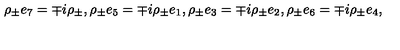
\rho _ { \pm } e _ { 7 } = \mp i \rho _ { \pm } , \rho _ { \pm } e _ { 5 } = \mp i \rho _ { \pm } e _ { 1 } , \rho _ { \pm } e _ { 3 } = \mp i \rho _ { \pm } e _ { 2 } , \rho _ { \pm } e _ { 6 } = \mp i \rho _ { \pm } e _ { 4 } ,